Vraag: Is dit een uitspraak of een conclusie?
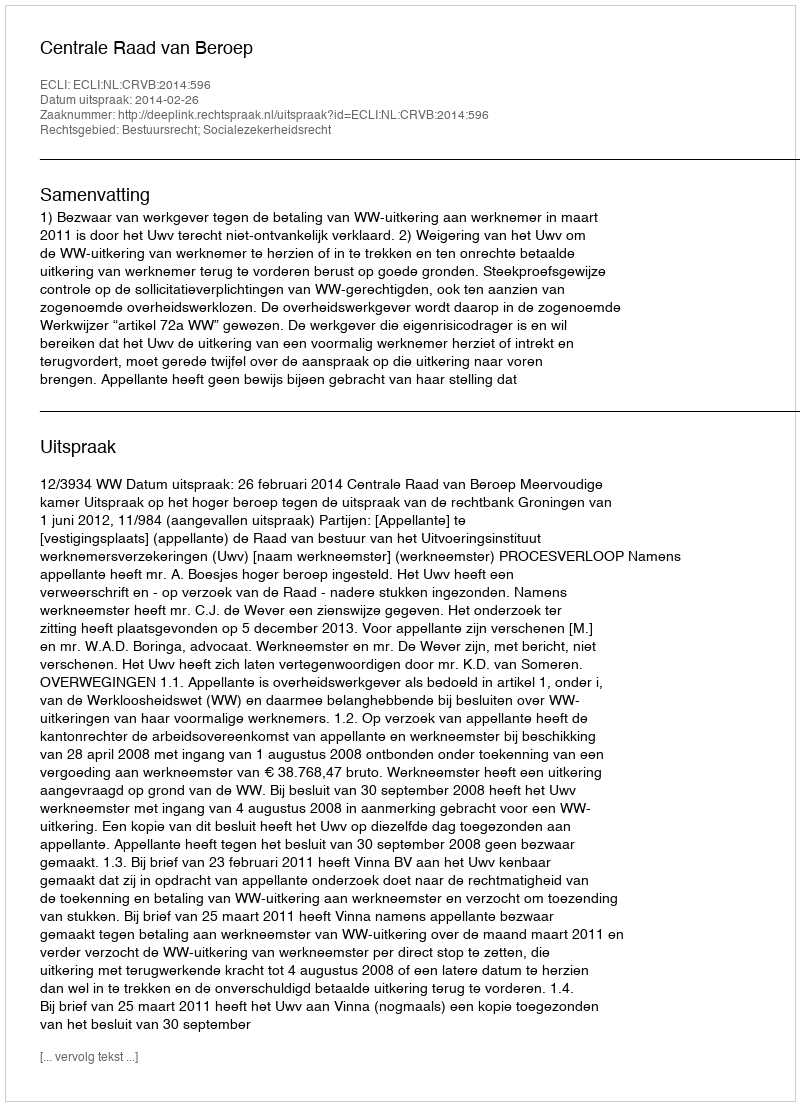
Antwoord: Uitspraak